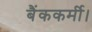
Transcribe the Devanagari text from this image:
बैंककर्मी।